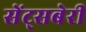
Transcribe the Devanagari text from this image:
सेंट्सबेरी